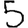
Digit: 5